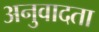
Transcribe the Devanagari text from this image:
अनुवादता